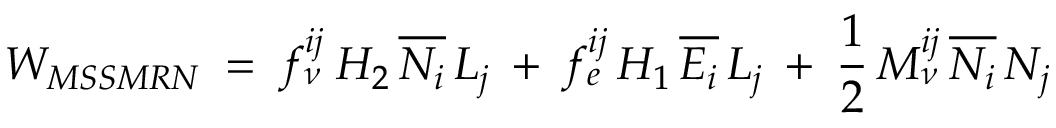
W _ { M S S M R N } \: = \: f _ { \nu } ^ { i j } \: H _ { 2 } \, \overline { { { N _ { i } } } } \, L _ { j } \: + \: f _ { e } ^ { i j } \, H _ { 1 } \, \overline { { { E _ { i } } } } \, L _ { j } \: + \: \frac { 1 } { 2 } \, M _ { \nu } ^ { i j } \, \overline { { { N _ { i } } } } \, N _ { j }